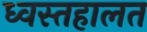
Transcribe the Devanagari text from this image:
ध्वस्तहालत